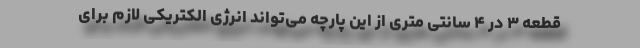
قطعه ۳ در ۴ سانتی متری از این پارچه می‌تواند انرژی الکتریکی لازم برای